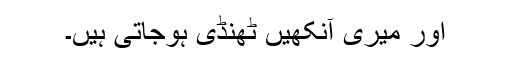
اور میری آنکھیں ٹھنڈی ہوجاتی ہیں۔